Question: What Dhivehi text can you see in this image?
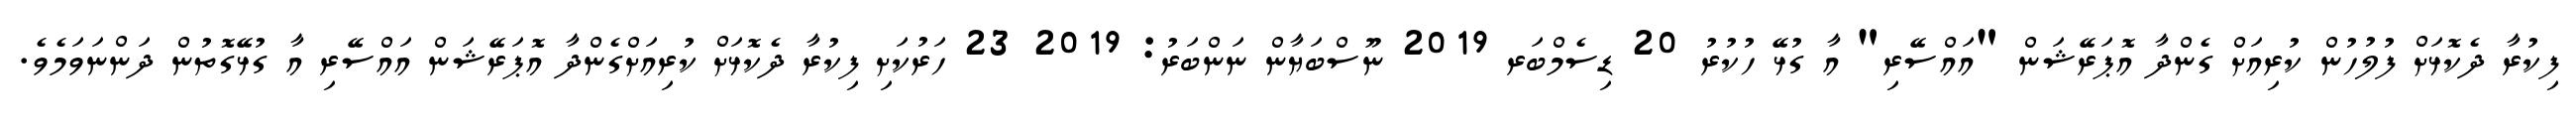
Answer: ފިކުރާ ދެކޮޅަށް ފުލުހުން ކުރިއަށް ގެންދާ އޮޕަރޭޝަން "އައްސޭރި" އާ ގުޅޭ ހުކުރު 20 ޑިސެމްބަރ 2019 ނޫސްބަޔާން ނަންބަރު: 2019 23 ހަރުކަށި ފިކުރާ ދެކޮޅަށް ކުރިއަށްގެންދާ އޮޕަރޭޝަން އައްސޭރި އާ ގުޅޭގޮތުން ދަންނަވަމެވެ.